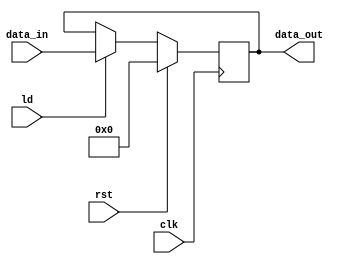
`timescale 1ns / 1ps
//////////////////////////////////////////////////////////////////////////////////
// Company: 
// Engineer: 
// 
// Design Name: 
// Module Name:    ProgramCounter 
// Project Name: 
// Target Devices: 
// Tool versions: 
// Description: 
//
// Dependencies: 
//
// Revision: 
// Revision 0.01 - File Created
// Additional Comments: 
//
//////////////////////////////////////////////////////////////////////////////////
module ProgramCounter(
 input [31:0] data_in,
input rst, clk, ld,
output reg [31:0] data_out
);

always@(posedge clk)
begin
    if (rst)
        data_out = 32'b0000_0000_0000_0000_0000_0000_0000_0000;
    else if (ld)
        data_out = data_in;
    else
        data_out = data_out;
end

endmodule
 
 
 
 
 
 
 
 
 /*   input [31:0] PC_in,
    input clk,
    input INC,	 //increments PC by 1
    //input PC_LD,
	 input offset,
	 input [31:0] offset_value,
    input reset,
    output reg [31:0] PC_out
    );
always@(posedge clk)
  begin
  if (reset)
    PC_out = 32'h0000_0000;
  //else if (PC_LD)
  //  PC_out = PC_IN;
  else if (INC &&(~offset))
    PC_out = PC_out+4; 
  else if (offset)
   PC_out=PC_in+4+offset_value;
  else
    PC_out = PC_out;
end
*/